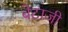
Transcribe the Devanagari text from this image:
बेटाजी